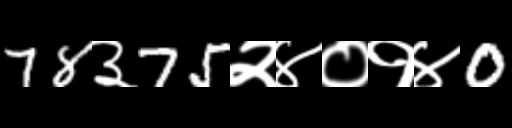
Text: 78३75२४०१४0